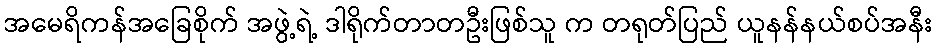
အမေရိကန်အခြေစိုက် အဖွဲ့ရဲ့ ဒါရိုက်တာတဦးဖြစ်သူ က တရုတ်ပြည် ယူနန်နယ်စပ်အနီး